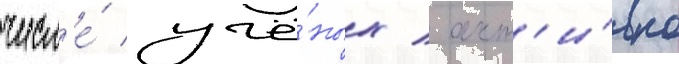
числ'е́ учё́ных / акт'и́вно